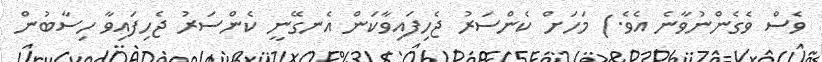
ވެސް ވެގެންނުވާނެ އެވެ.) މަހަށް ކެންސަރު ޖެހިފައިވާކަން އެނގޭނީ ކެންސަރު ޖެހިފައިވާ ހިސާބުން